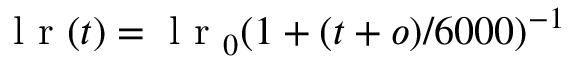
\mathrm { ~ l ~ r ~ } ( t ) = \mathrm { ~ l ~ r ~ } _ { 0 } ( 1 + ( t + o ) / 6 0 0 0 ) ^ { - 1 }